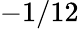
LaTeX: -1/12